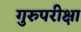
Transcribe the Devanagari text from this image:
गुरुपरीक्षा